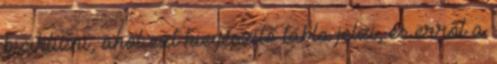
biciklizni, ahol ezt kiegészítő tábla jelzi, és erről a